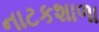
નાટકશાળા